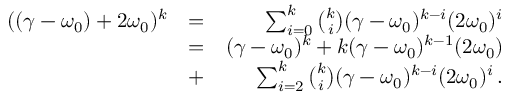
\begin{array} { r l r } { ( ( \gamma - \omega _ { 0 } ) + 2 \omega _ { 0 } ) ^ { k } } & { = } & { \sum _ { i = 0 } ^ { k } \binom { k } { i } ( \gamma - \omega _ { 0 } ) ^ { k - i } ( 2 \omega _ { 0 } ) ^ { i } } \\ & { = } & { ( \gamma - \omega _ { 0 } ) ^ { k } + k ( \gamma - \omega _ { 0 } ) ^ { k - 1 } ( 2 \omega _ { 0 } ) } \\ & { + } & { \sum _ { i = 2 } ^ { k } \binom { k } { i } ( \gamma - \omega _ { 0 } ) ^ { k - i } ( 2 \omega _ { 0 } ) ^ { i } \, . } \end{array}